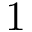
1